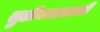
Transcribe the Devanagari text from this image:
सुटीकाळातली